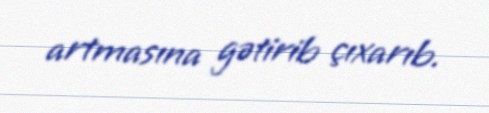
artmasına gətirib çıxarıb.